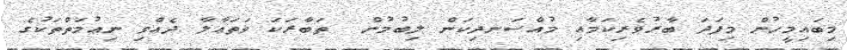
މިބައިމީހުން މިފަދަ ބާރުވެރިކަމާއި މުއްސަނދިކަން ލިބުމުން  ތަބާރަކަ ވަތަޢާލާ ދެއްވި ނިޢުމަތްތަކުގެ